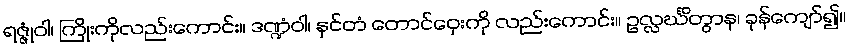
ရဇ္ဇုံဝါ၊ ကြိုးကိုလည်းကောင်း။ ဒဏ္ဍံဝါ၊ နှင်တံ တောင်ဝှေးကို လည်းကောင်း။ ဥလ္လင်္ဃိတွာန၊ ခုန်ကျော်၍။